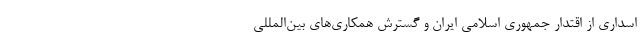
اسداری از اقتدار جمهوری اسلامی ایران و گسترش همکاری‌های بین‌المللی